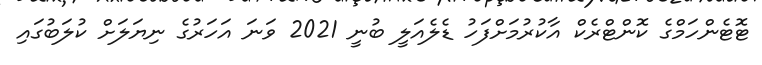
ޓޮޓެންހަމްގެ ކޮންޓްރެކް އާކުރުމަށްފަހު ޑެލެއަލީ ބުނީ 2021 ވަނަ އަހަރުގެ ނިޔަލަށް ކުލަބުގައި